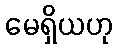
မေရှိယဟု